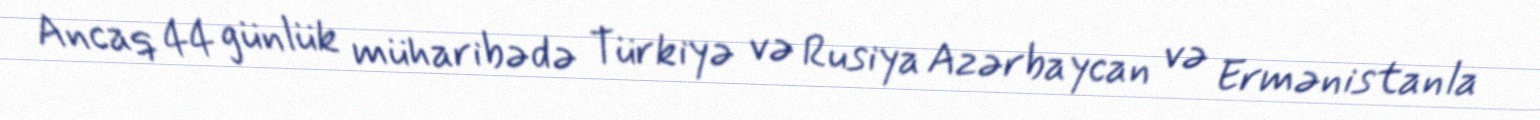
Ancaq 44 günlük müharibədə Türkiyə və Rusiya Azərbaycan və Ermənistanla